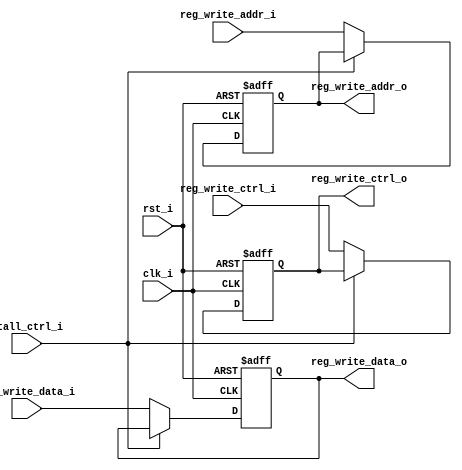
module MemToWB (
    input reg_write_ctrl_i,  // Control flag for writing back or not.
    input [4:0] reg_write_addr_i,  // The address of the register.
    input [31:0] reg_write_data_i,  // The data to be write.

    output reg_write_ctrl_o,  // Control flag for writing back or not.
    output [4:0] reg_write_addr_o,  // The address of the register.
    output [31:0] reg_write_data_o,  // The data to be write.

    input stall_ctrl_i,  // Stall or not.
    input rst_i,  // Reset or not.
    input clk_i  // Note: this module works at posedge.
);

reg reg_write_ctrl;
reg [4:0] reg_write_addr;
reg [31:0] reg_write_data;


assign reg_write_ctrl_o = reg_write_ctrl;
assign reg_write_addr_o = reg_write_addr;
assign reg_write_data_o = reg_write_data;


always @ (posedge clk_i or posedge rst_i) begin
    if (rst_i) begin
        reg_write_ctrl <= 1'b0;
        reg_write_addr <= 5'b0;
        reg_write_data <= 32'b0;
    end else begin
        if (stall_ctrl_i) begin
        end else begin
            reg_write_ctrl <= reg_write_ctrl_i;
            reg_write_addr <= reg_write_addr_i;
            reg_write_data <= reg_write_data_i;
        end
    end
end

endmodule